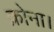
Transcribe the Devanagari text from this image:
क्रोना।